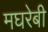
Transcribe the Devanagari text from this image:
मघरेबी